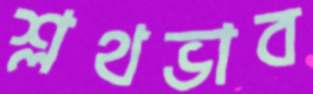
শ্লথভাব